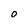
Character: O